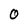
Character: 0